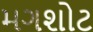
મગશોટ